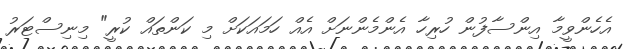
އެހެންވީމާ އިންސާފުން ހުރިހާ އެންމެންނަށް އެއް ހަމައަކަށް މި ކަންތައް ކުރީ" މިނިސްޓަރު